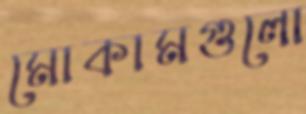
মোকামগুলো